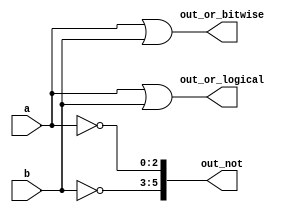
module top_module( 
    input [2:0] a,
    input [2:0] b,
    output [2:0] out_or_bitwise,
    output out_or_logical,
    output [5:0] out_not
);
	assign out_or_bitwise = a | b;
    assign out_or_logical = a || b;
    assign out_not = {~b,~a};
endmodule